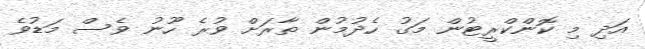
އަދި މި ކޮންކްރީޓުން މަގު ހެދުމުން ތާރަށް ވުރެ ހޫނު ވެސް މަޑުވެ